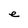
Character: e